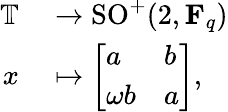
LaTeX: \begin{array}{rl}{\mathbb{T}}&{{}\to\operatorname{SO}^{+}(2,\mathbf{F}_{q})}\\ {x}&{{}\mapsto{\left[\begin{array}{ll}{a}&{b}\\ {\omega b}&{a}\end{array}\right]},}\end{array}